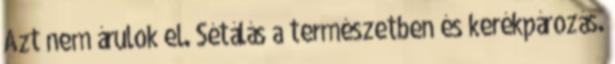
Azt nem árulok el. Sétálás a természetben és kerékpározás.